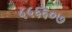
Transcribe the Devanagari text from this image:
५५६६०७